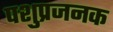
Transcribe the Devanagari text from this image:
पशुप्रजनक